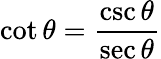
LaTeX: \cot\theta={\frac{\csc\theta}{\sec\theta}}